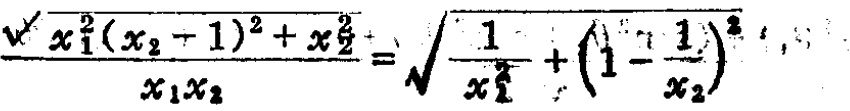
\(\frac{\sqrt{x_{1}^{2}(x_{2} + 1)^{2}+x_{2}^{2}}}{x_{1}x_{2}}=\sqrt{\frac{1}{x_{1}^{2}}+(1 - \frac{1}{x_{2}})^{2}}\)